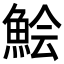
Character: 𩷆